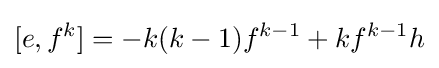
[e,f^{k}]=-k(k-1)f^{k-1}+kf^{k-1}h